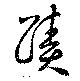
蹟